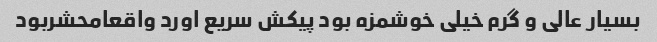
بسیار عالی و گرم خیلی خوشمزه بود پیکش سریع اورد واقعامحشربود